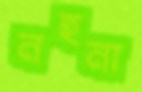
নহনা